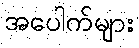
အပေါက်များ